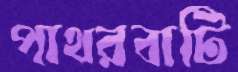
পাথরবাটি